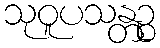
သုဝူပသန္တဉ္စ